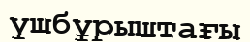
үшбұрыштағы